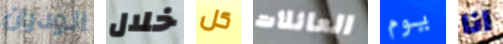
الوديان خلال كل العائلات يوم انا